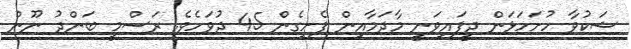
ޝަކުވާ ހުށަހަޅަން ދީފައިވަނީ މާދަމާއިން ފެށިގެން 45 ދުވަހެވެ. ރަސްމީ ބަންދު ނޫން